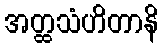
အတ္ထသံဟိတာနိ